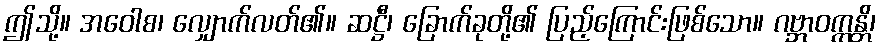
ဤသို့။ အဝေါစ၊ လျှောက်လတ်၏။ ဆဋ္ဌီ၊ ခြောက်ခုတို့၏ ပြည့်ကြောင်းဖြစ်သော။ ဂဗ္ဘာဝက္ကန္တိ၊